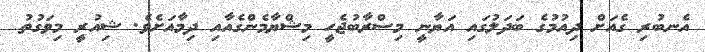
އެނބުރި ގެއަށް ދިއުމުގެ ބަދަލުގައި އަޔާނީ މިސްރާބުޖެހީ މިޝްޔާމެންގެއާއި ދިމާއަށެވެ. ޝިއުރީ މިވަގުތު